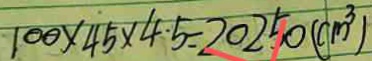
1 0 0 \times 4 5 \times 4 \cdot 5 = 2 0 2 5 0 ( c m ^ { 3 } )